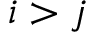
i > j